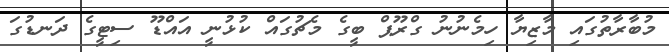
މުބާރާތުގައި މާޒިޔާ ހިމެނުނު ގްރޫޕް ބީގެ މެޗުގައް ކުޅުނީ އައްޑޫ ސިޓީގެ ދަނޑުގަ